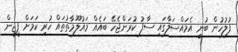
ފުލުހުން ބުނީ އެމައްސަލާގައި ސާފު ކުރަންޖެހޭ ބައެއް މައުލޫމާތުތައް ހުރި ކަމަށް ޕީޖީން